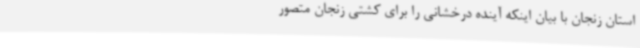
استان زنجان با بیان اینکه آینده درخشانی را برای کشتی زنجان متصور